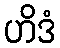
ဟိဒံ